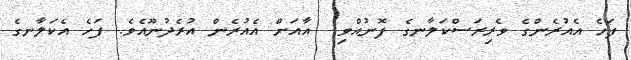
ފަހެ އެއުރެންގެ ވެރިރަސްކަލާނގެ ފޮނުއްވި  އާއަށް އެއުރެން އުރެދުނޫއެވެ. ފަހެ އެކަލާނގެ